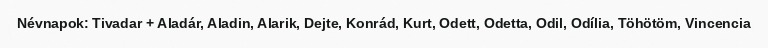
Névnapok: Tivadar + Aladár, Aladin, Alarik, Dejte, Konrád, Kurt, Odett, Odetta, Odil, Odília, Töhötöm, Vincencia